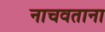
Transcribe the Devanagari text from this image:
नाचवताना